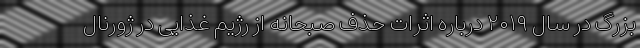
بزرگ در سال ۲۰۱۹ درباره اثرات حذف صبحانه از رژیم غذایی در ژورنال